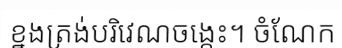
ខ្នងត្រង់បរិវេណចង្កេះ។ ចំណែក